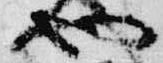
也